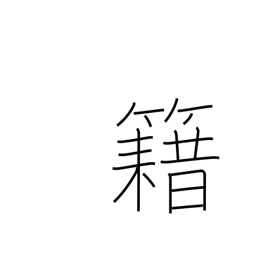
Meaning: membership